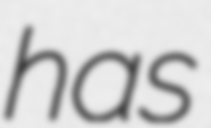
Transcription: has